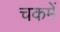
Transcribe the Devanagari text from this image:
चकमें